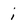
Character: i